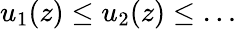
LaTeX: u_{1}(z)\leq u_{2}(z)\leq\dots